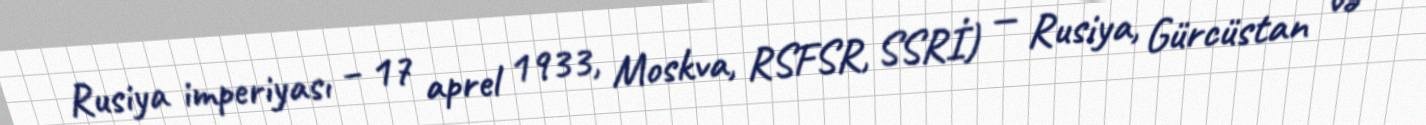
Rusiya imperiyası – 17 aprel 1933, Moskva, RSFSR, SSRİ) — Rusiya, Gürcüstan və